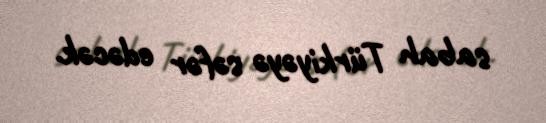
sabah Türkiyəyə səfər edəcək.